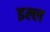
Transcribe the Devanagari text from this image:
इल्ल